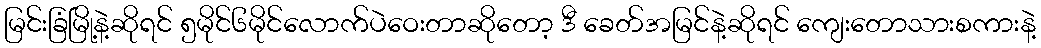
မြင်းခြံမြို့နဲ့ဆိုရင် ၅မိုင်၆မိုင်လောက်ပဲဝေးတာဆိုတော့ ဒီ ခေတ်အမြင်နဲ့ဆိုရင် ကျေးတောသားစကားနဲ့